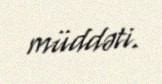
müddəti.